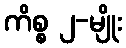
ကိစ္စ ၂-မျိုး